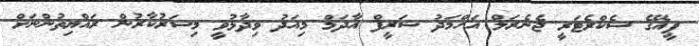
ޕީއޭގެ ސެކްރެޓަރީ ޖެނެރަލް އަހްމަދު ޝަރީފް އާދަމް މިއަދު ވިދާޅުވީ މިސަރުކާރުން ރައްޔިތުންނަށް